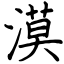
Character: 漠